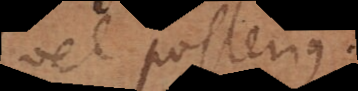
vel potius